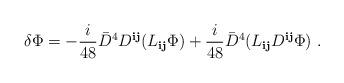
LaTeX: \begin{align*}\delta \Phi= - \frac{i}{48} {\bar D}^4 D^{{\mathbf i}{\mathbf j}}(L_{{\mathbf i}{\mathbf j}} \Phi) +\frac{i}{48} {\bar D}^4 (L_{{\mathbf i}{\mathbf j}}D^{{\mathbf i}{\mathbf j}}\Phi)\ .\end{align*}